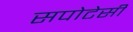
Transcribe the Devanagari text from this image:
सपोटेसी